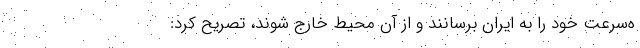
ه‌سرعت خود را به ایران برسانند و از آن محیط خارج شوند، تصریح کرد: